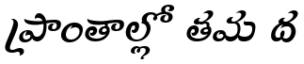
ప్రాంతాల్లో తమ ద